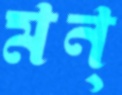
মন্